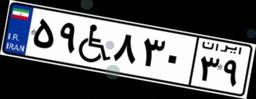
۵۹W۸۳۰۳۹